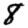
Digit: 8